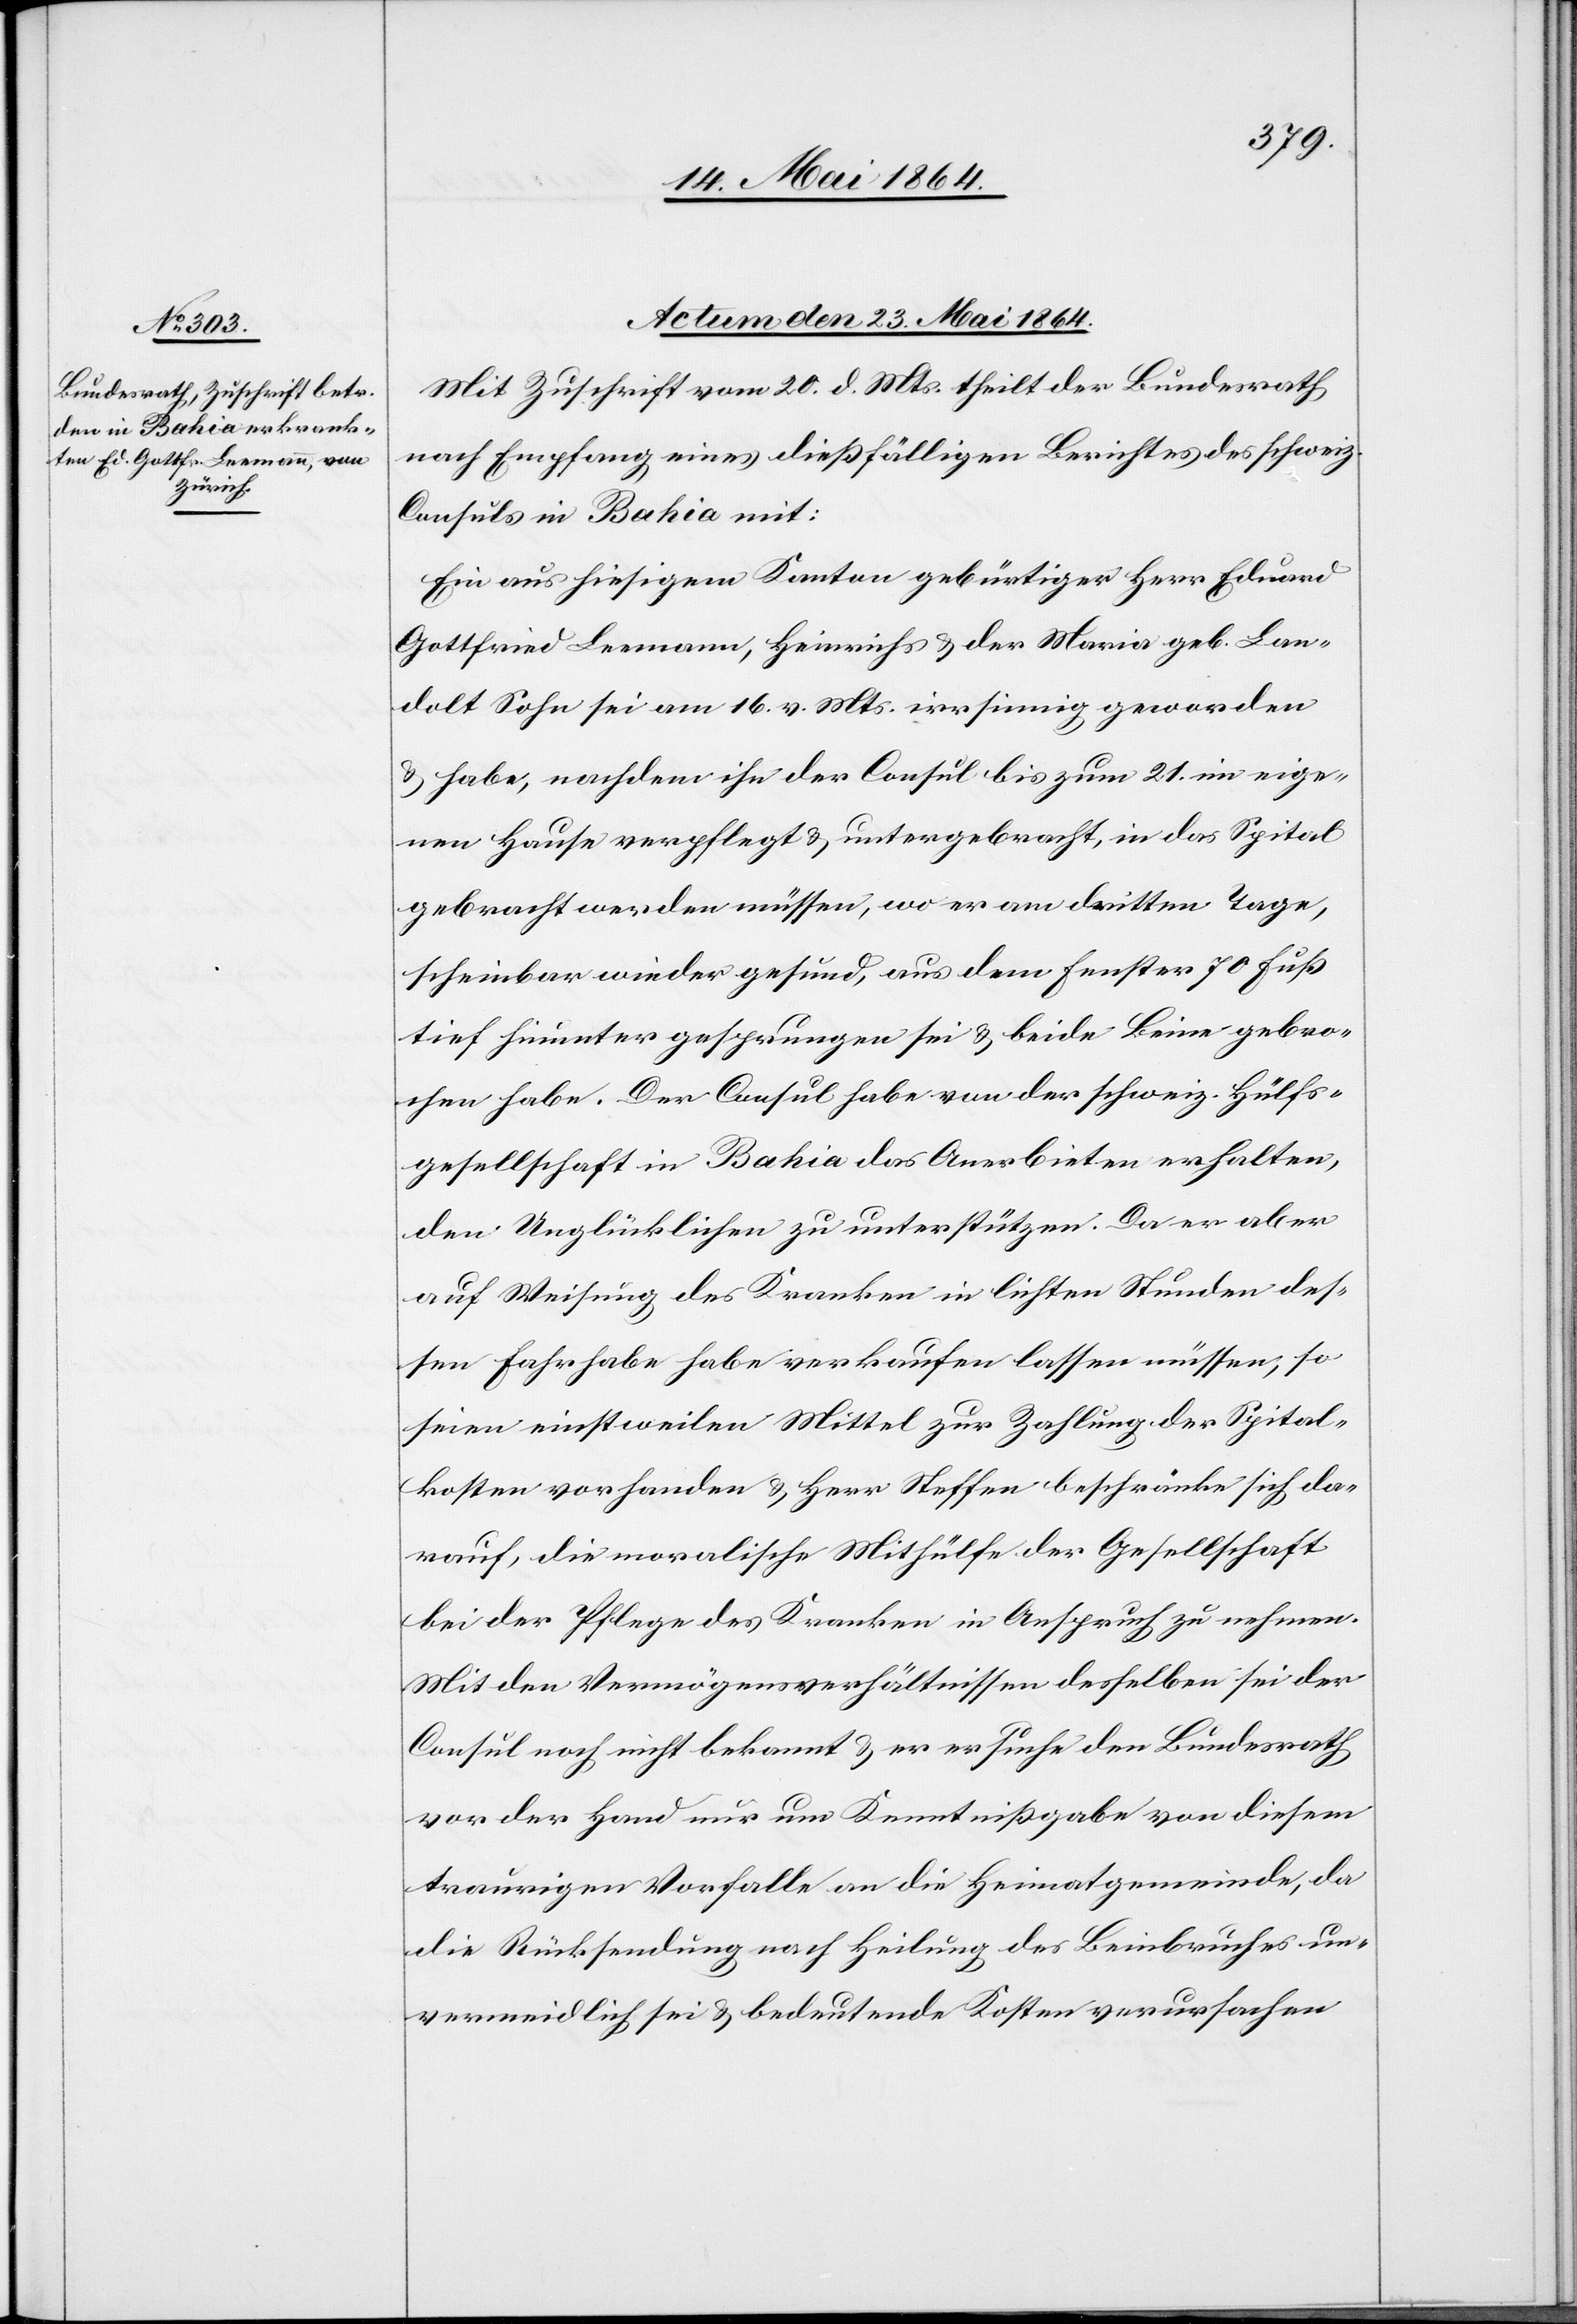
Actum den 23. Mai 1864.
Mit Zuschrift vom 20. d. Mts. theilt der Bundesrath
nach Empfang eines dießfälligen Berichtes des schweiz.
Consuls in Bahia mit:
Ein aus hiesigem Kanton gebürtiger Herr Eduard
Gottfried Leemann, Heinrichs u. der Maria geb. Lan¬
dolt Sohn sei am 16. v. Mts. irrsinnig geworden
u. habe, nachdem ihn der Consul bis zum 21. im eige¬
nen Hause verpflegt u. untergebracht, in das Spital
gebracht werden müssen, wo er am dritten Tage
tief hinunter gesprungen sei u. beide Beine gebro¬
chen habe. Der Consul habe von der schweiz. Hülfs¬
gesellschaft in Bahia das Anerbieten erhalten,
den Unglücklichen zu unterstützen. Da er aber
auf Weisung des Kranken in lichten Stunden des¬
sen Fahrhabe habe verkaufen lassen müssen, so
seien einstweilen Mittel zur Zahlung der Spital¬
kosten vorhanden u. Herr Steffen beschränke sich da¬
rauf, die moralische Mithülfe der Gesellschaft
bei der Pflege des Kranken in Anspruch zu nehmen.
Mit den Vermögensverhältnissen desselben sei der
Consul noch nicht bekannt u. er ersuche den Bundesrath
vor der Hand nur um Kenntnißgabe von diesem
traurigen Vorfalle an die Heimatgemeinde, da
die Rücksendung nach Heilung des Beinbruches un¬
vermeidlich sei u. bedeutende Kosten verursachen